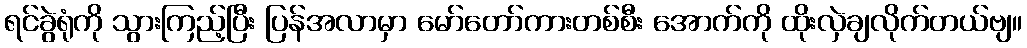
ရင်ခွဲရုံကို သွားကြည့်ပြီး ပြန်အလာမှာ မော်တော်ကားတစ်စီး အောက်ကို ထိုးလှဲချလိုက်တယ်ဗျ။